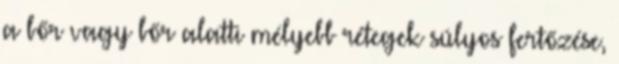
a bőr vagy bőr alatti mélyebb rétegek súlyos fertőzése,